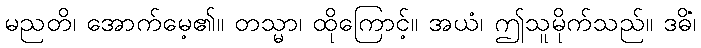
မညတိ၊ အောက်မေ့၏။ တသ္မာ၊ ထိုကြောင့်။ အယံ၊ ဤသူမိုက်သည်။ ဒဓိံ၊